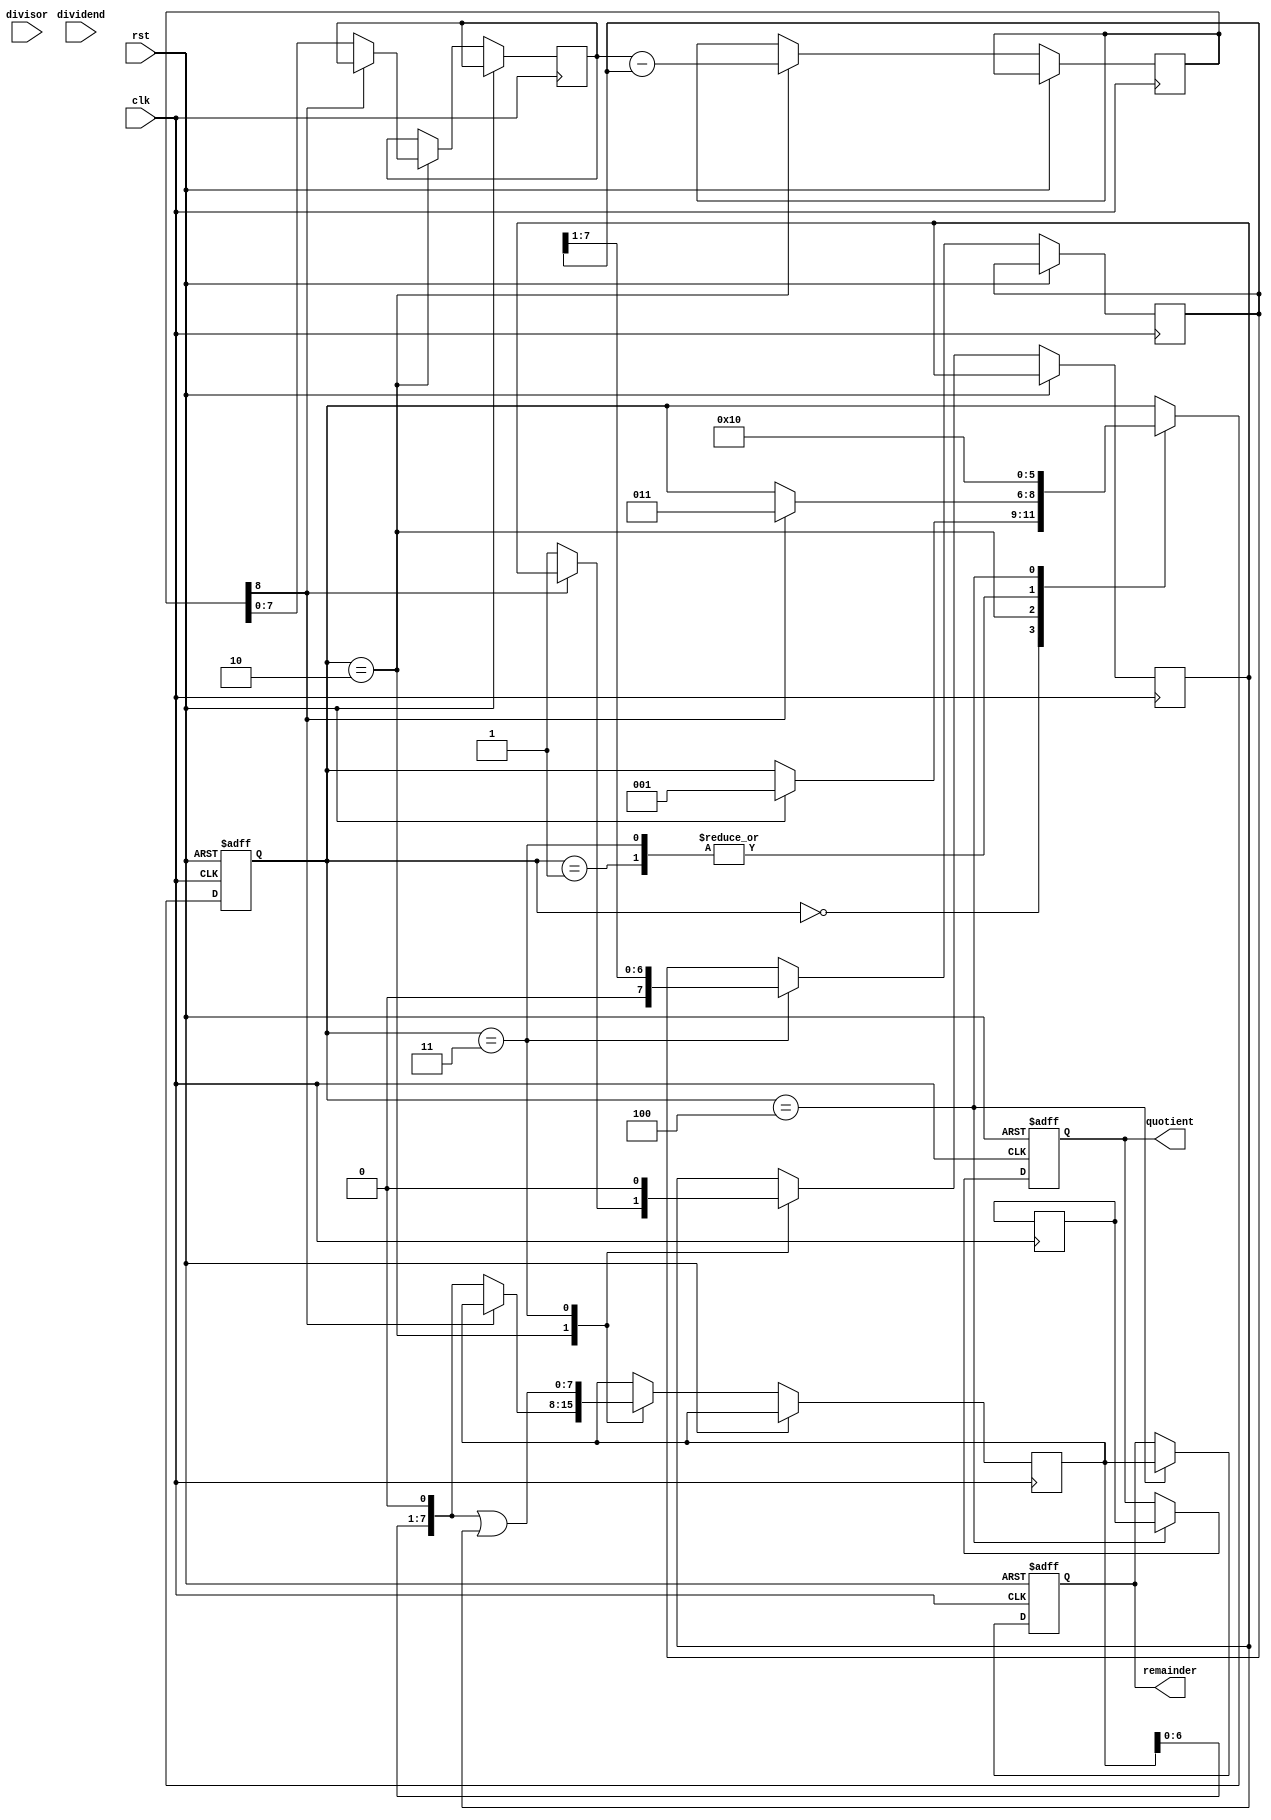
module radix2_srt_divider (
    input clk,
    input rst,
    input [7:0] dividend,
    input [7:0] divisor,
    output reg [7:0] quotient,
    output reg [7:0] remainder
);

// Control unit
reg [2:0] state;
parameter IDLE = 3'b000;
parameter INITIATE = 3'b001;
parameter SUBTRACT = 3'b010;
parameter SHIFT = 3'b011;
parameter FINALIZE = 3'b100;

// Radix-2 SRT divider module
reg [7:0] A, B, q, r, t;
wire [8:0] diff;
reg c;

always @(posedge clk or posedge rst) begin
    if (rst) begin
        state <= IDLE;
        quotient <= 8'b0;
        remainder <= 8'b0;
    end else begin
        case (state)
            IDLE: begin
                if (rst) begin
                    state <= INITIATE;
                    A <= dividend;
                    B <= divisor;
                    q <= dividend;
                    r <= 8'b0;
                    c <= 0;
                end
            end
            INITIATE: begin
                state <= SUBTRACT;
            end
            SUBTRACT: begin
                diff <= A - B;
                if (diff[8] == 0) begin
                    A <= diff[7:0];
                    r <= r << 1;
                    c <= 1;
                end else begin
                    state <= SHIFT;
                end
            end
            SHIFT: begin
                r <= (r << 1) | c;
                B <= B >> 1;
                c <= 0;
                state <= SUBTRACT;
            end
            FINALIZE: begin
                quotient <= q;
                remainder <= r;
                state <= IDLE;
            end
        endcase
    end
end

endmodule